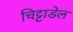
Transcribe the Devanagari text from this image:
चिट्टाडेल